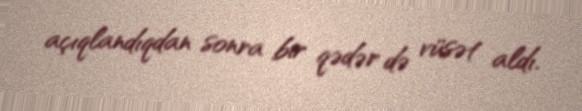
açıqlandıqdan sonra bir qədər də vüsət aldı.